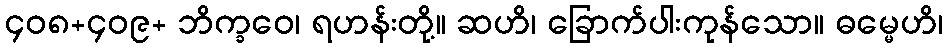
၄၀၈+၄၀၉+ ဘိက္ခဝေ၊ ရဟန်းတို့။ ဆဟိ၊ ခြောက်ပါးကုန်သော။ ဓမ္မေဟိ၊